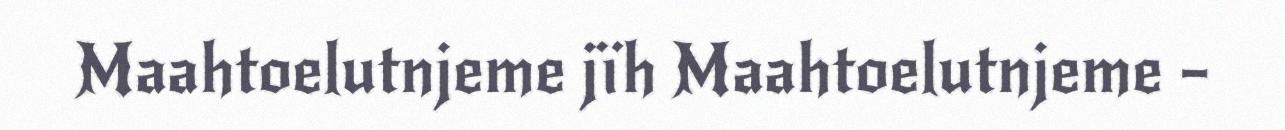
Maahtoelutnjeme jïh Maahtoelutnjeme –